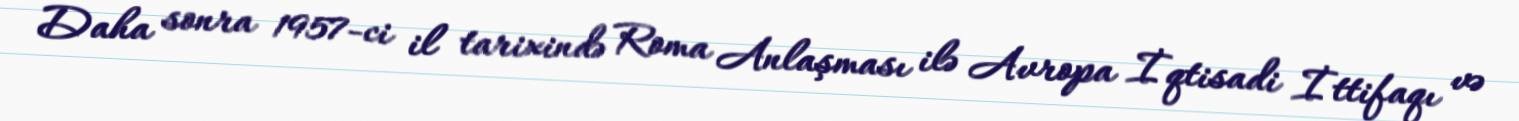
Daha sonra 1957-ci il tarixində Roma Anlaşması ilə Avropa İqtisadi İttifaqı və